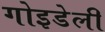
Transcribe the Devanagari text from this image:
गोइडेली